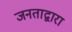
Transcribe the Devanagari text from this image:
जनताद्वारा